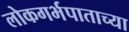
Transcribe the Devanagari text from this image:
लोकगर्भपाताच्या